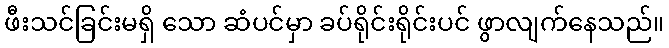
ဖီးသင်ခြင်းမရှိ သော ဆံပင်မှာ ခပ်ရိုင်းရိုင်းပင် ဖွာလျက်နေသည်။